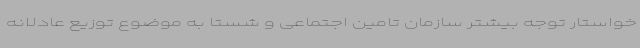
خواستار توجه بیشتر سازمان تامین اجتماعی و شستا به موضوع توزیع عادلانه